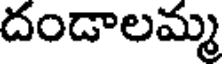
దండాలమ్మ